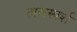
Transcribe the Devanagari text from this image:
तालस्पर्श